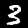
Digit: 3